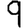
Digit: 9